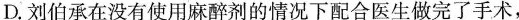
D.刘伯承在没有使用麻醉剂的情况下配合医生做完了手术，